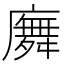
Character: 𢋑